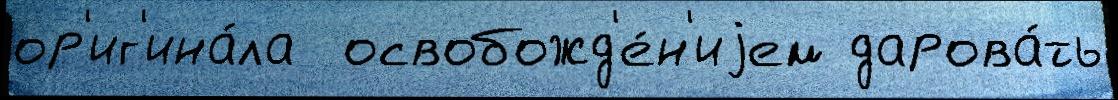
ор'иг'ина́ла  освобожд'е́н'иjем дарова́ть